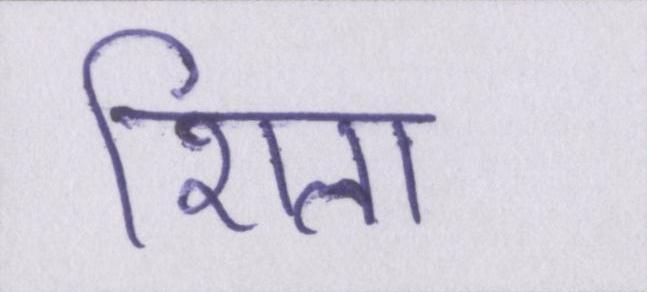
शिला